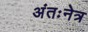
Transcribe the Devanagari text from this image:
अंतःनेत्र